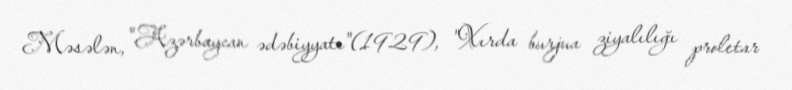
Məsələn, "Azərbaycan ədəbiyyatı"(1929), "Xırda burjua ziyalılığı proletar